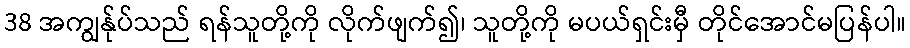
38 အကျွန်ုပ်သည် ရန်သူတို့ကို လိုက်ဖျက်၍၊ သူတို့ကို မပယ်ရှင်းမှီ တိုင်အောင်မပြန်ပါ။